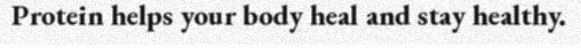
Protein helps your body heal and stay healthy.